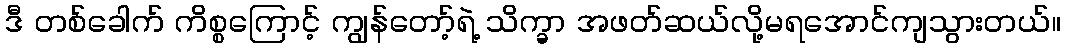
ဒီ တစ်ခေါက် ကိစ္စကြောင့် ကျွန်တော့်ရဲ့ သိက္ခာ အဖတ်ဆယ်လို့မရအောင်ကျသွားတယ်။